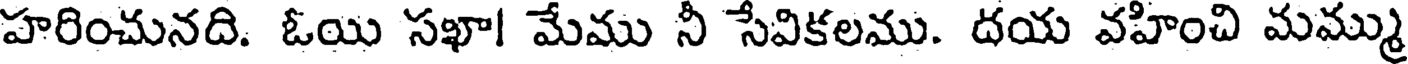
హరించునది. ఓయి సఖా! మేము నీ సేవికలము. దయ వహించి మమ్ము